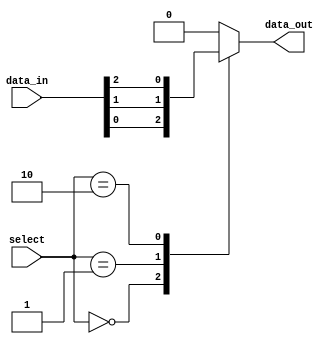
module multiplexer_32to1 (
    input [31:0] data_in,
    input [4:0] select,
    output reg data_out
);

always @(*) begin
    case (select)
        5'b00000: data_out = data_in[0];
        5'b00001: data_out = data_in[1];
        5'b00010: data_out = data_in[2];
        // Continue for remaining inputs
        // 5'b11111: data_out = data_in[31];
        default: data_out = 0; // Default case for invalid select value
    endcase
end

endmodule